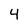
Character: 4